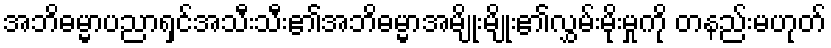
အဘိဓမ္မာပညာရှင်အသီးသီး၏အဘိဓမ္မာအမျိုးမျိုး၏လွှမ်းမိုးမှုကို တနည်းမဟုတ်